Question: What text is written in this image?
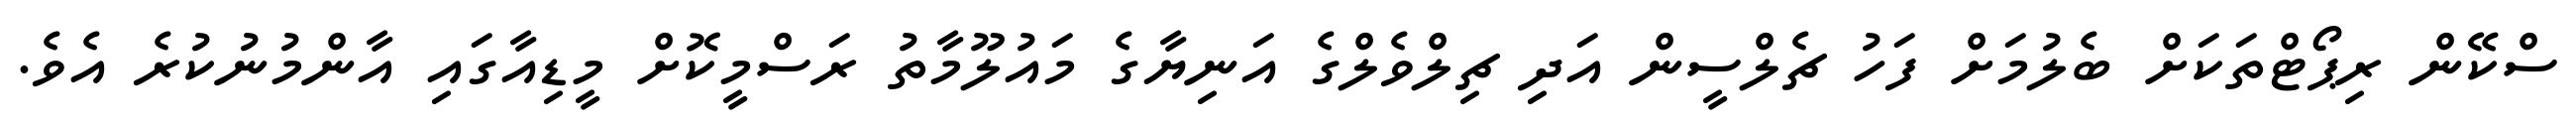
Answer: ސްކޭން ރިޕޯޓްތަކަށް ބެލުމަށް ފަހު ޗެލްސީން އަދި ޗިލްވެލްގެ އަނިޔާގެ މައުލޫމާތު ރަސްމީކޮށް މީޑިއާގައި އާންމުނުކުރެ އެވެ.